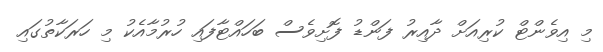
މި އިވެންޓް ކުރިއަށް ދާއިރު ފަންޑު ފޮށިވެސް ބަހައްޓާފައި ހުރުމާއެކު މި ހަރަކާތުގައި